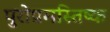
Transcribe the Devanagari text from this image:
पुरोप्रमस्तिष्क